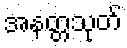
အနတ္တသုတ်